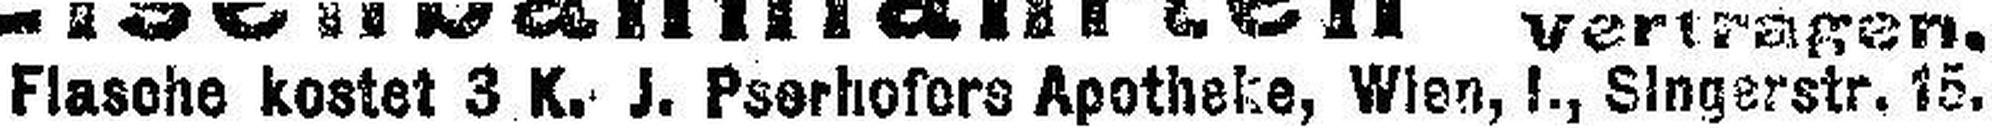
Flasche kostet 3 K. J. Pserhofers Apotheke, Wien, I., Singerstr. 15.